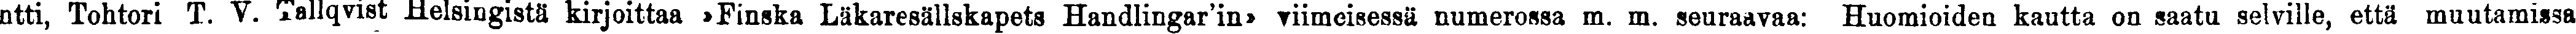
ntti, Tohtori T. V. Tallqvist Helsingistä kirjoittaa »Finska Läkaresällskapets Hadlingar'in» viimeisessä numerossa m. m. seuraavaa: Huomioiden kautta on saatu selville, että muutamissa